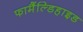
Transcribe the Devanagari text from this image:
फामैंल्डिहाइड